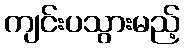
ကျင်းပသွားမည့်